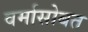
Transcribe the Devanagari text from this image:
वर्मासोबत